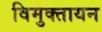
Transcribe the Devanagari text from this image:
विमुक्तायन